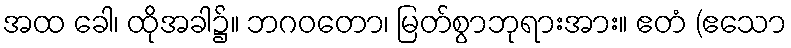
အထ ခေါ၊ ထိုအခါ၌။ ဘဂဝတော၊ မြတ်စွာဘုရားအား။ ဧတံ (ဧသော